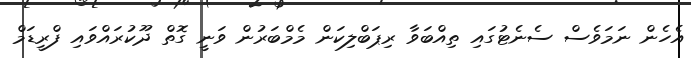
އެހެން ނަމަވެސް ސެނެޓުގައި ތިއްބަވާ ރިޕަބްލިކަން މެމްބަރުން ވަނީ ގޮތް ދޫކުރައްވައި ފްރީޑަމް